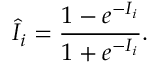
\widehat { I } _ { i } = \frac { 1 - e ^ { - I _ { i } } } { 1 + e ^ { - I _ { i } } } .